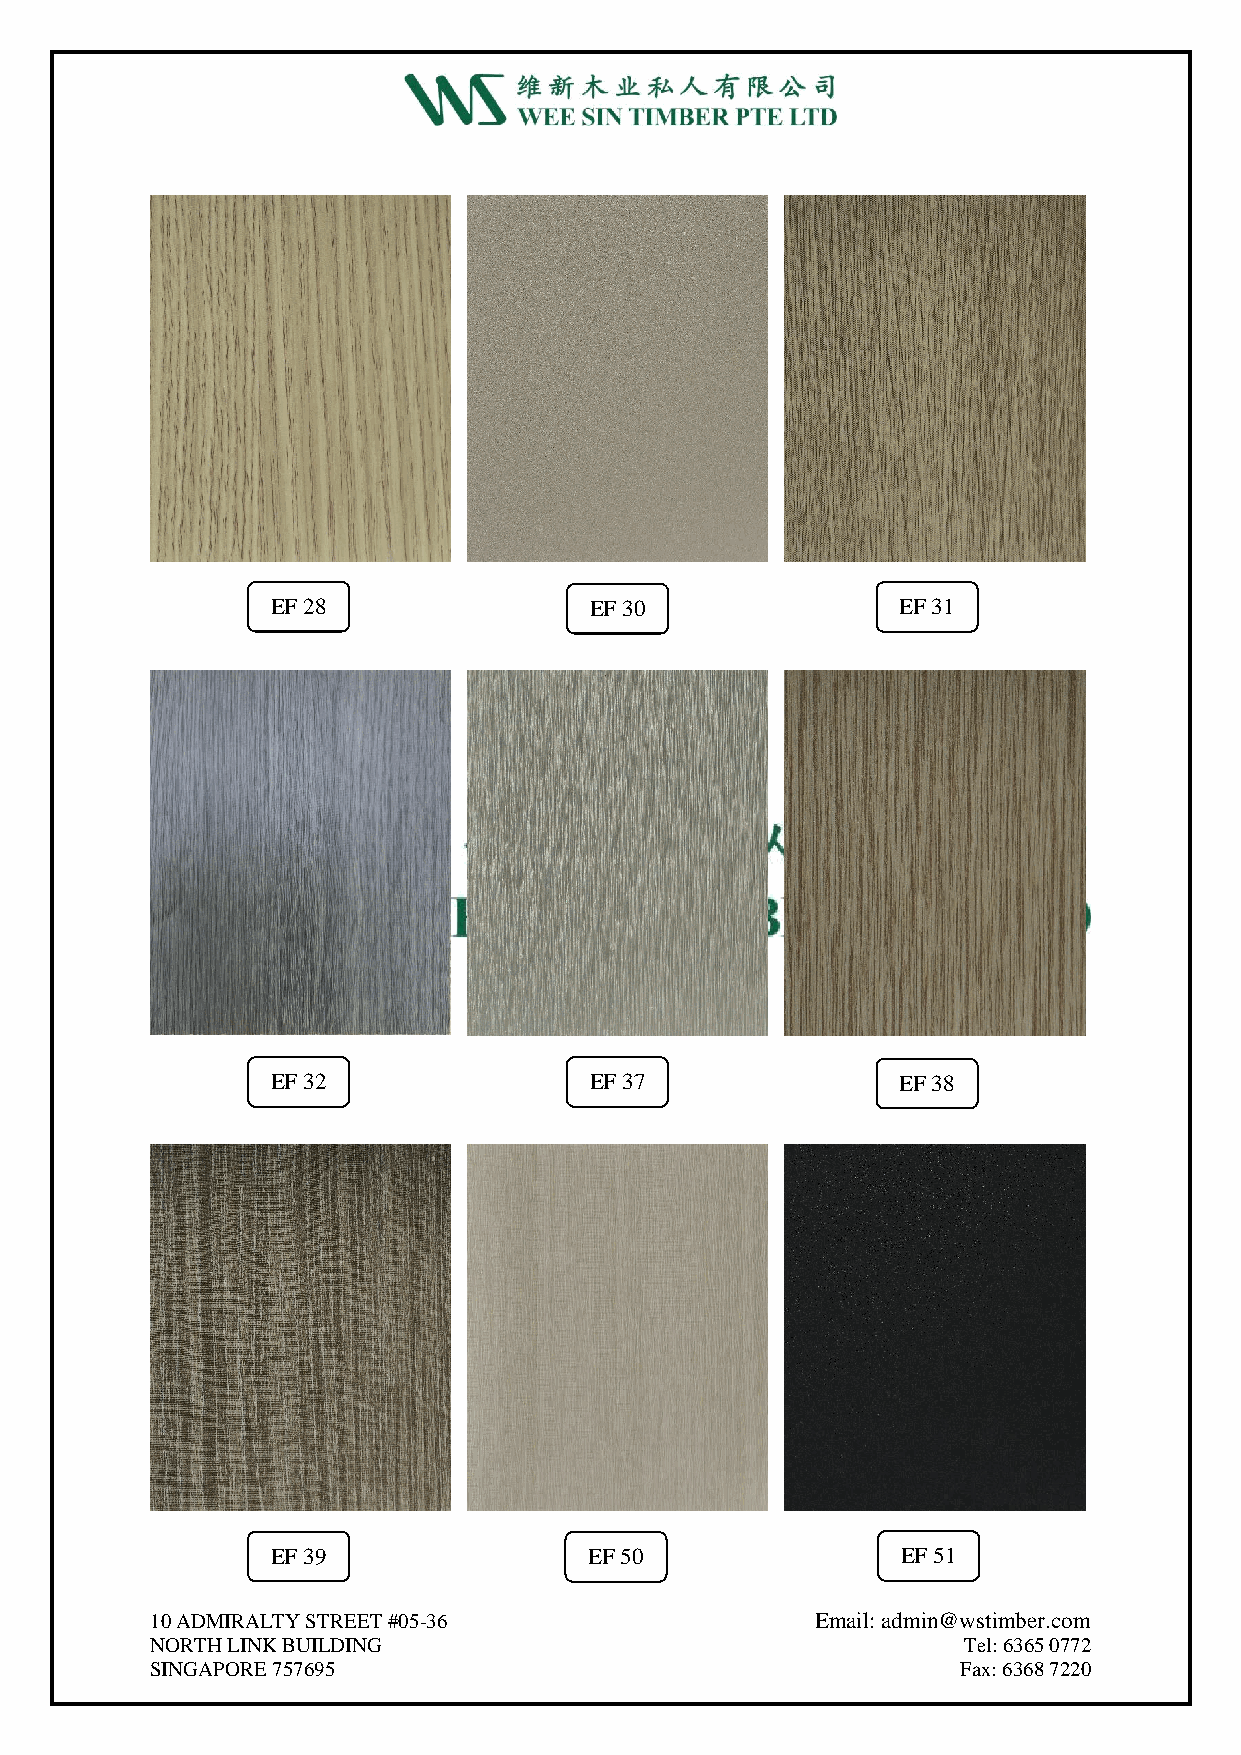
EF 28                EF 30                EF 31
 EF 32                EF 37                EF 38
 EF 39                EF 50                EF 51
 10 ADMIRALTY STREET #05-36                  Email: admin@wstimber.com
 NORTH LINK BUILDING                                   Tel: 6365 0772
 SINGAPORE 757695                                      Fax: 6368 7220